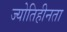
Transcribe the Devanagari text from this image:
ज्योतिहीनता